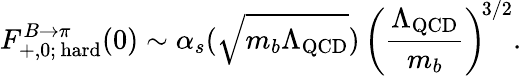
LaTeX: F_{+,0;\, \mathrm{hard}}^{B\to\pi}(0)\sim\alpha_{s}(\sqrt{m_{b}\Lambda_{\mathrm{QCD}}})\, \left(\frac{\Lambda_{\mathrm{QCD}}}{m_{b}}\right)^{\! 3/2}.